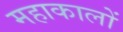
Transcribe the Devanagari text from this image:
महाकालों